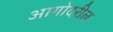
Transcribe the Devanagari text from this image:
आगोदरील